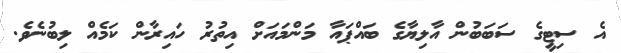
އެ ސިޓީގެ ސަބަބުން އާލިޔާގެ ބައްޕައާ މަންމައަށް އިތުރު ހައިރާން ކަމެއް ލިބުނެވެ.